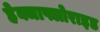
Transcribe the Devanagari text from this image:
हेक्जाफ्लोराइड